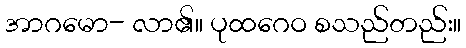
အာဂမော- လာ၏။ ပုထဂေဝ စသည်တည်း။